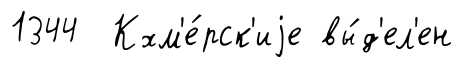
1344 Кхм'е́рск'иjе вы́д'ел'ен